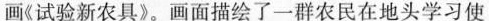
画《试验新农具》。画面描绘了一群农民在地头学习使